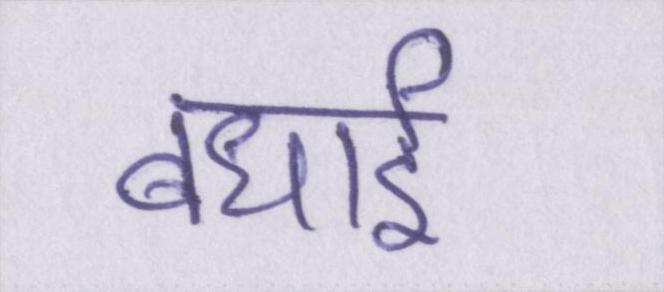
बधाई